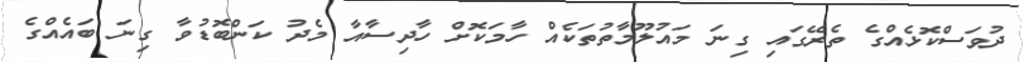
ދުވަސްކޮޅެއްގެ ތެރޭގައި ގިނަ މައުލޫމާތުތަކެއް ހާމަކޮށް ހާދިސާއާ މެދު ކަންބޮޑުވާ ގިނަ ބައެއްގެ